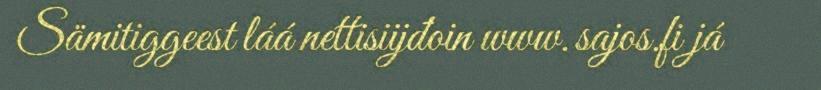
Sämitiggeest láá nettisiijđoin www.sajos.fi já